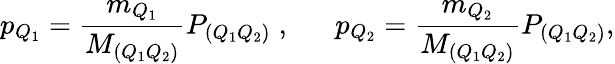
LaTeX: p_{Q_{1}}=\frac{m_{Q_{1}}}{M_{(Q_{1}Q_{2})}}P_{(Q_{1}Q_{2})}\; ,\; \; \quad p_{Q_{2}}=\frac{m_{Q_{2}}}{M_{(Q_{1}Q_{2})}}P_{(Q_{1}Q_{2})},